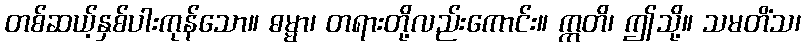
တစ်ဆယ့်နှစ်ပါးကုန်သော။ ဓမ္မာ၊ တရားတို့လည်းကောင်း။ ဣတိ၊ ဤသို့။ သမတိံသ၊